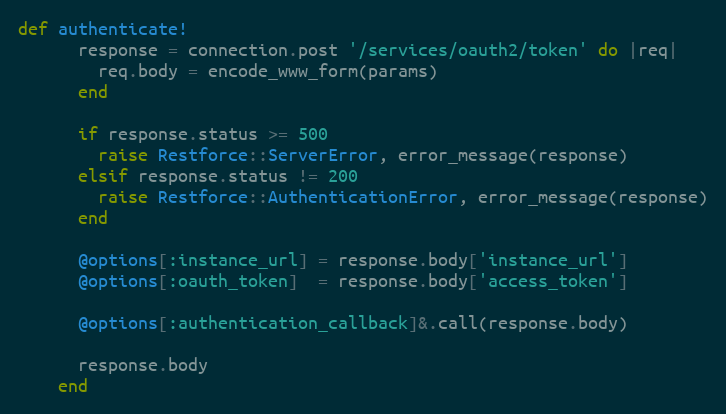
Language: Ruby
def authenticate!
      response = connection.post '/services/oauth2/token' do |req|
        req.body = encode_www_form(params)
      end

      if response.status >= 500
        raise Restforce::ServerError, error_message(response)
      elsif response.status != 200
        raise Restforce::AuthenticationError, error_message(response)
      end

      @options[:instance_url] = response.body['instance_url']
      @options[:oauth_token]  = response.body['access_token']

      @options[:authentication_callback]&.call(response.body)

      response.body
    end